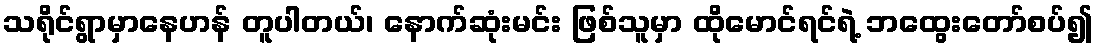
သရိုင်ရွာမှာနေဟန် တူပါတယ်၊ နောက်ဆုံးမင်း ဖြစ်သူမှာ ထိုမောင်ရင်ရဲ့ ဘထွေးတော်စပ်၍